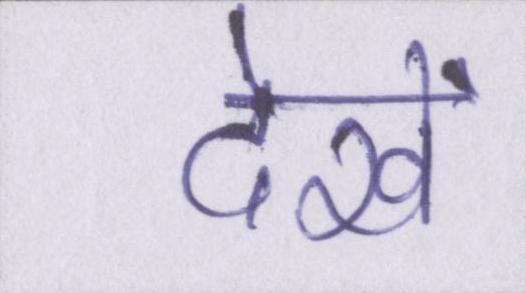
देखें